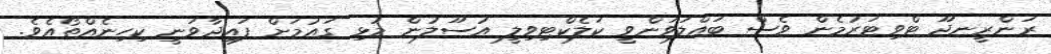
ރަންރީނދޫ ޓްވިޓަރުމެން ވެސް ބައްލަވަންވީ ކަލެކްޓިވިލީ އުސޫލުން މުޅި ގައުމަށް ފައިދާވަނީ ކިހިނެއްތޯއެވެ.